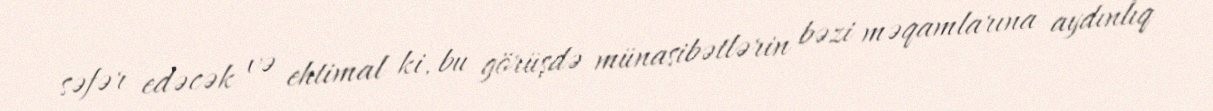
səfər edəcək və ehtimal ki, bu görüşdə münasibətlərin bəzi məqamlarına aydınlıq